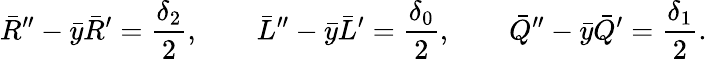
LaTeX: \bar{R}^{\prime\prime}-\bar{y}\bar{R}^{\prime}=\frac{\delta_{2}}{2},\qquad\bar{L}^{\prime\prime}-\bar{y}\bar{L}^{\prime}=\frac{\delta_{0}}{2},\qquad\bar{Q}^{\prime\prime}-\bar{y}\bar{Q}^{\prime}=\frac{\delta_{1}}{2}.